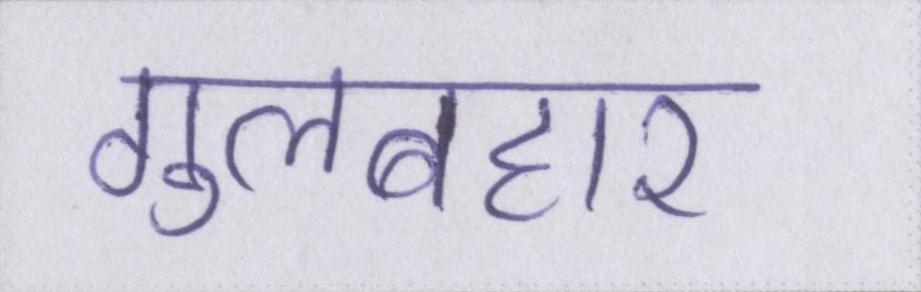
गुलबहार